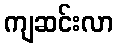
ကျဆင်းလာ